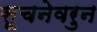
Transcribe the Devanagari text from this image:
सूचनेवरुन